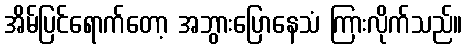
အိမ်ပြင်ရောက်တော့ အဘွားပြောနေသံ ကြားလိုက်သည်။